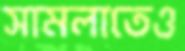
সামলাতেও